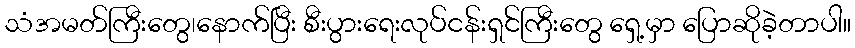
သံအမတ်ကြီးတွေ၊နောက်ပြီး စီးပွားရေးလုပ်ငန်းရှင်ကြီးတွေ ရှေ့မှာ ပြောဆိုခဲ့တာပါ။